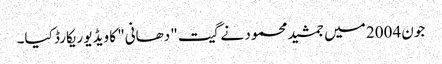
جون 2004 میں جمشید محمود نے گیت "دھانی" کا ویڈیو ریکارڈ کیا۔